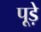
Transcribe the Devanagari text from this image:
पूड़े